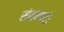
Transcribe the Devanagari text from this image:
संशयपदं।